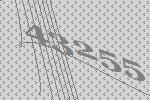
43255